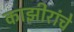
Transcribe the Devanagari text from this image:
काझीरांचे